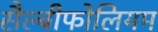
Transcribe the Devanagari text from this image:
सैल्बीफोलियम